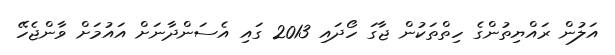
އަލުން ރައްޔިތުންގެ ހިތްތަކުން ޖާގަ ހޯދައި 2013 ގައި އެސަންދާނަށް އައުމަށް ވާންޖެހޭ